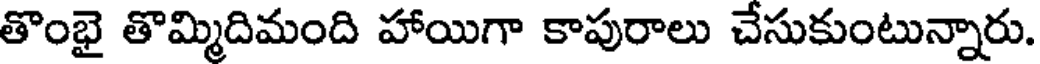
తొంభై తొమ్మిదిమంది హాయిగా కాపురాలు చేసుకుంటున్నారు.